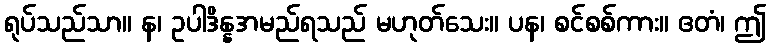
ရုပ်သည်သာ။ န၊ ဥပါဒိန္နအမည်ရသည် မဟုတ်သေး။ ပန၊ စင်စစ်ကား။ ဧတံ၊ ဤ